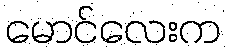
မောင်လေးက